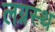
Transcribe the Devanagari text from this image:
लग्नस्थ